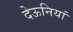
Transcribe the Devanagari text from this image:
देऊनियां